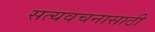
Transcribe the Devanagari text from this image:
सत्यवचनासाठी